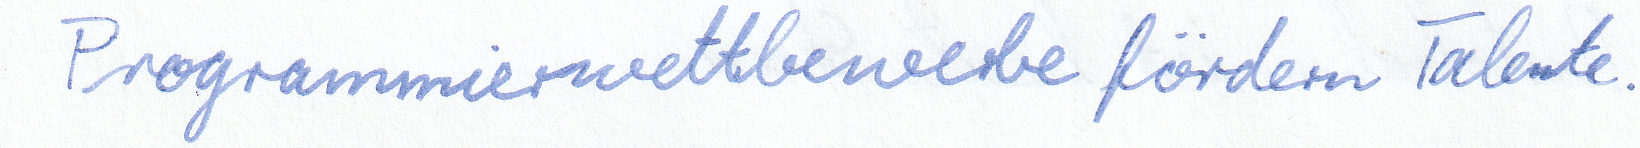
Programmierwettbewerbe fördern Talente.